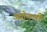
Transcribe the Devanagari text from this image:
उद्योगश्री